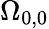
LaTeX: \Omega_{0,0}